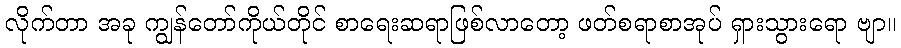
လိုက်တာ အခု ကျွန်တော်ကိုယ်တိုင် စာရေးဆရာဖြစ်လာတော့ ဖတ်စရာစာအုပ် ရှားသွားရော ဗျာ။